Insane asylums in Bengal annual reports 1876-1887 - 1876-1887
Year: 1876
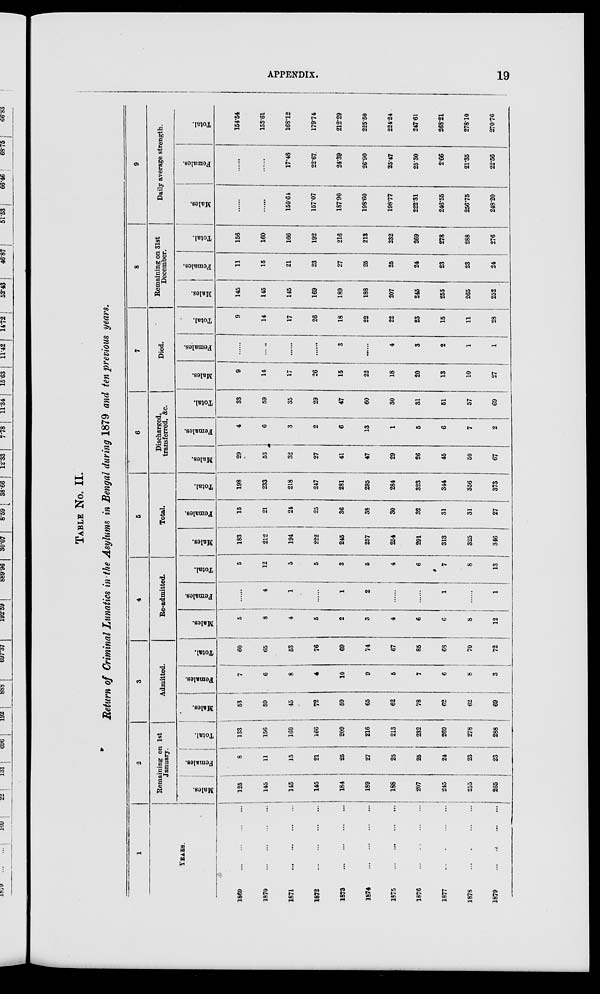
APPENDIX.
19
TABLE No. II.
Return of Criminal Lunatics in the Asylums in Bengal during 1879 and ten previous years.
1
YEARS.
1869
...
...
...
...
1870
...
...
...
...
1871
...
...
...
...
1872
...
...
...
...
1873
...
...
...
...
1874
...
...
...
...
1875
...
...
...
...
1876
...... ... ...
1877
...
...
...
...
1878
...
...
...
...
1879
...
...
...
...
2
Remaining on 1st
January.
Males.
125
145
145
145
184
189
188
207
245
255
265
Females.
8
11
15
21
25
27
25
25
24
23
23
Total.
133
156
160
166
209
216
213
232
269
278
288
3
Admitted.
Males.
53
59
45
72
59
65
62
78
62
62
69
Females.
7
6
8
4
10
9
5
7
6
8
3
Total.
60
65
53
76
69
74
67
85
68
70
72
4
Re-admitted.
Males.
5
8
4
5
2
3
4
6
6
8
12
Females.
......
4
1
......
1
2
......
......
1
......
1
Total.
5
12
5
5
3
5
4
6
7
8
13
5
Total.
Males.
183
212
194
222
245
257
254
291
313
325
346
Females.
15
21
21
25
36
38
30
32
31
31
27
Total.
198
233
218
247
281
295
284
323
344
356
373
6
Discharged,
transferred, &c.
Males.
29
53
32
27
41
47
29
26
45
50
67
Females.
4
6
3
2
6
13
1
5
6
7
2
Total.
33
59
35
29
47
60
30
31
51
57
69
7
Died.
Males.
9
14
17
26
15
22
18
20
13
10
27
Females.
......
......
......
......
3
......
4
3
2
1
1
Total.
9
14
17
26
18
22
22
23
15
11
28
8
Remaining on 31st
December.
Males.
145
145
145
169
189
188
207
245
255
265
252
Females.
11
15
21
23
27
25
25
24
23
23
24
Total.
156
160
166
192
216
213
232
269
278
288
276
9
Daily average strength.
Males.
......
......
150.64
157.07
187.90
198.60
198.77
222.31
246.55
256.75
248.20
Females.
......
......
17.48
22.67
24.39
26.90
25.47
25.30
2.66
21.35
22.56
Total.
154.54
155.61
168.12
179.74
212.29
225.50
224.24
247.61
268.21
278.10
270.76